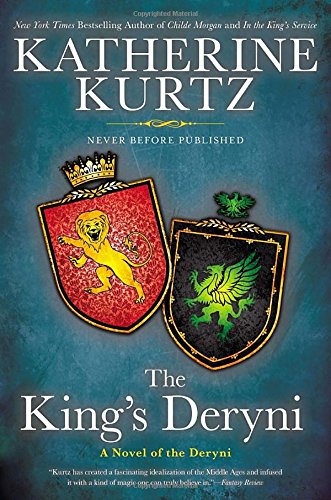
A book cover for The King's Deryni (A Novel of the Deryni); Katherine Kurtz; Romance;